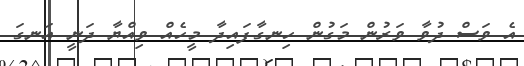
އެ ވަސް ދުވާ ވަރުން މަގުން ހިނގާފައިދާ މީހެއް ވިއްޔާ ދަނީ އަނގަ